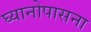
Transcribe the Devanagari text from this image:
घ्यानोपासना